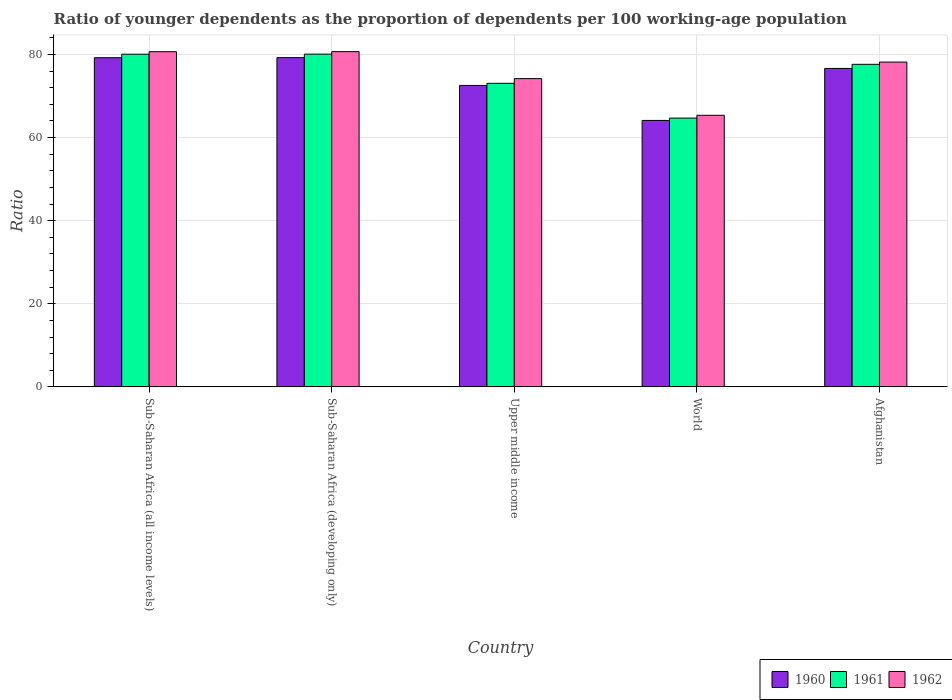
| Country | 1960 | 1961 | 1962 |
 | --- | --- | --- | --- |
 | Sub-Saharan Africa (all income levels) | 79.2 | 80.1 | 80.7 |
 | Sub-Saharan Africa (developing only) | 79.2 | 80.1 | 80.7 |
 | Upper middle income | 72.5 | 73.1 | 74.2 |
 | World | 64.1 | 64.7 | 65.4 |
 | Afghanistan | 76.6 | 77.6 | 78.2 |